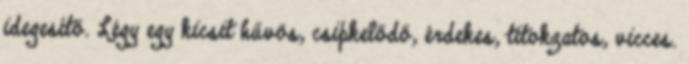
idegesítő. Légy egy kicsit hűvös, csipkelődő, érdekes, titokzatos, vicces.